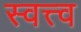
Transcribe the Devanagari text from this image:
स्वत्त्व